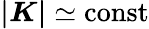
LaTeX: \boldsymbol{\lvert K\rvert}\simeq\mathrm{const}